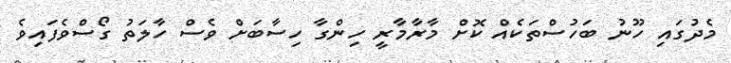
މެދުގައި ހޫނު ބަހުސްތަކެއް ކޮށް މާރާމާރީ ހިންގާ ހިސާބަށް ވެސް ހާލަތު ގޯސްވެފައިވެ